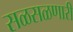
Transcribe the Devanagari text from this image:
सळसळणारी